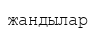
жандылар